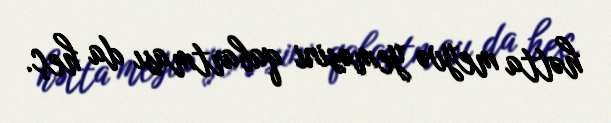
hətta meyvə yeməsini qabartması da heç.